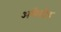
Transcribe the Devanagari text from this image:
अमेनडेड